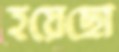
হয়েছো